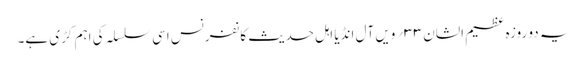
یہ دو روزہ عظیم الشان ۳۳؍ویں آل انڈیا اہل حدیث کانفرنس اسی سلسلہ کی اہم کڑی ہے۔